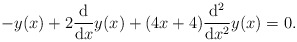
\begin{align*}-y(x) + 2 \frac{\mathrm{d}}{\mathrm{d}x}y(x) + (4x+4)\frac{\mathrm{d}^2}{\mathrm{d}x^2}y(x) = 0.\end{align*}